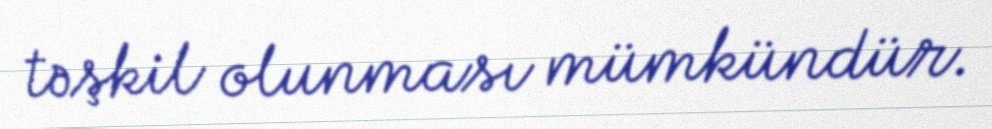
təşkil olunması mümkündür.